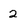
Character: 2